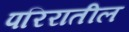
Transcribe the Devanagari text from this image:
परिरातील